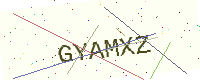
Text: GYAMXZ